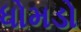
ધોમડો